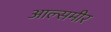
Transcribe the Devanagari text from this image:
आल्समीर